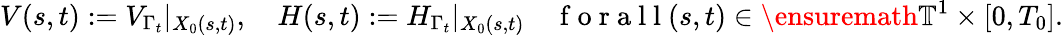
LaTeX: V(s,t):=V_{\Gamma_{t}}|_{X_{0}(s,t)},\quad H(s,t):=H_{\Gamma_{t}}|_{X_{0}(s,t)}\quad\mathrm{~f~o~r~a~l~l~}(s,t)\in\ensuremath{\mathbb{T}}^{1}\times[0,T_{0}].